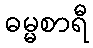
ဓမ္မစာရီ